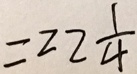
= 2 2 \frac { 1 } { 4 }